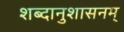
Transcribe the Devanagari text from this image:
शब्दानुशासनम्